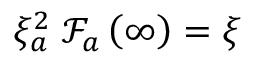
\xi _ { a } ^ { 2 } \; \mathcal { F } _ { a } \left( \infty \right) = \xi